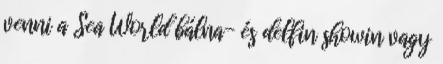
venni a Sea World bálna- és delfin showin vagy